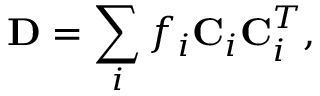
{ \displaystyle { \bf D } = \sum _ { i } f _ { i } { \bf C } _ { i } { \bf C } _ { i } ^ { T } } ,